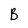
Character: B